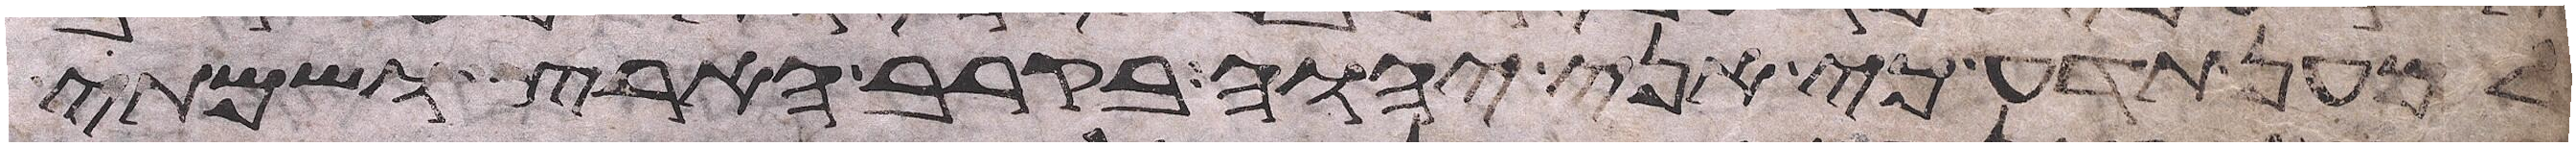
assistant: למען תדע כי אני יהוה בקרב הארץ ושמתי